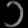
Digit: ၁